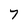
Character: 7